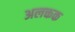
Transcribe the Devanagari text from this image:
अलक्तक